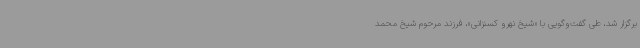
برگزار شد، طی گفت‌وگویی با «شیخ نهرو کسنزانی»، فرزند مرحوم شیخ محمد